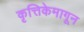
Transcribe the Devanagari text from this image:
कृत्तिकेमागून